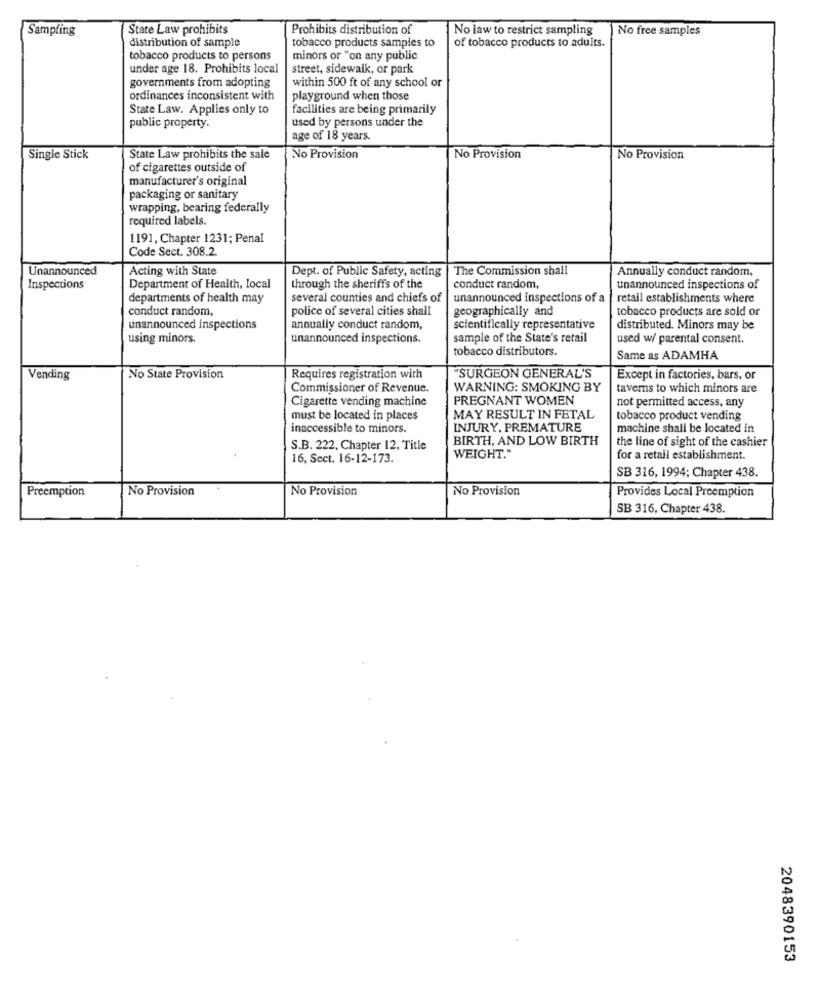
Sampling
State Law prohibits
Prohibits distribution of
No law to restrict sampling
No free samples
distribution of sample
tobacco products samples to
of tobacco products to adults.
tobacco products to persons
minors or "on any public
under age 18. Prohibits local
street, sidewalk, or park
within 500 ft of any school or
governments from adopting
ordinances inconsistent with
playground when those
State Law. Applies only to
facilities are being primarily
used by persons under the
public property.
age of 18 years.
Single Stick
State Law prohibits the sale
No Provision
No Provision
No Provision
of cigarettes outside of
manufacturer's original
packaging or sanitary
wrapping, bearing federally
required labels.
1191, Chapter 1231; Penal
Code Sect. 308.2.
Unannounced
Acting with State
Dept. of Public Safety, acting
The Commission shall
Annually conduct random,
Inspections
Department of Health, local
through the sheriffs of the
conduct random,
unannounced inspections of
departments of health may
several counties and chiefs of
unannounced inspections of a
retail establishments where
conduct random,
police of several cities shall
geographically and
tobacco products are sold or
unannounced inspections
annually conduct random,
scientifically representative
distributed. Minors may be
using minors.
unannounced inspections.
sample of the State's retail
used w/ parental consent.
tobacco distributors.
Same as ADAMHA
Vending
No State Provision
Requires registration with
"SURGEON GENERAL'S
Except in factories, bars, or
Commissioner of Revenue.
WARNING: SMOKING BY
taverns to which minors are
Cigarette vending machine
PREGNANT WOMEN
not permitted access, any
must be located in places
MAY RESULT IN FETAL
tobacco product vending
inaccessible to minors.
INJURY, PREMATURE
machine shall be located in
BIRTH, AND LOW BIRTH
the line of sight of the cashier
S.B. 222, Chapter 12, Title
16, Sect. 16-12-173.
WEIGHT."
for a retail establishment.
SB 316, 1994; Chapter 438.
Preemption
No Provision
No Provision
No Provision
Provides Local Preemption
SB 316, Chapter 438.
2048390153